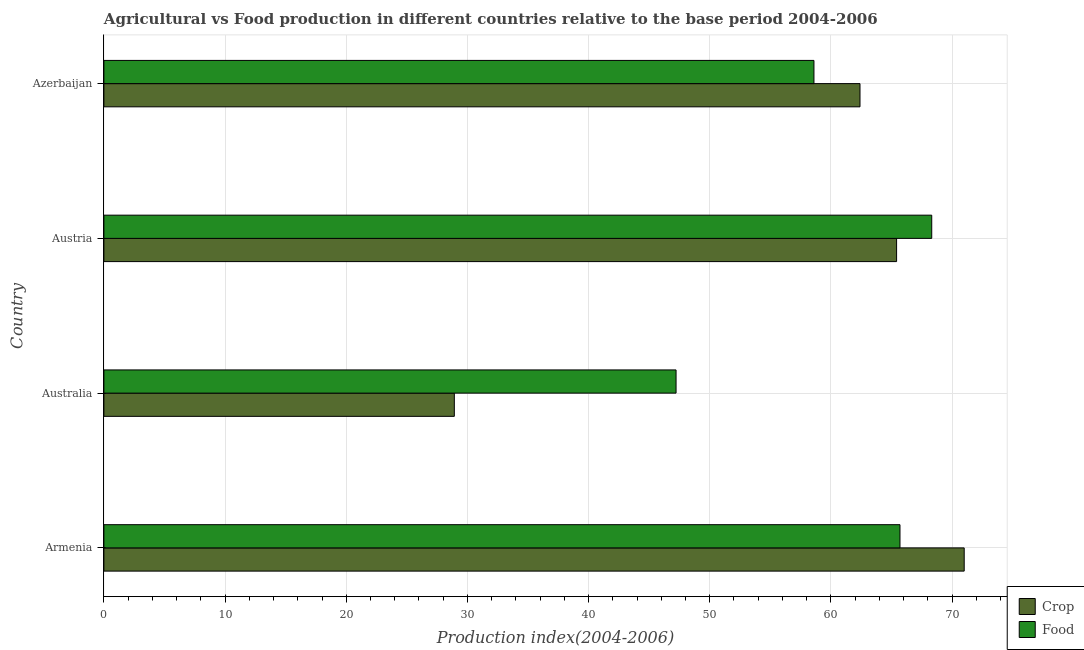
| Country | Crop | Food |
 | --- | --- | --- |
 | Armenia | 71 | 65.7 |
 | Australia | 28.9 | 47.2 |
 | Austria | 65.4 | 68.3 |
 | Azerbaijan | 62.4 | 58.6 |